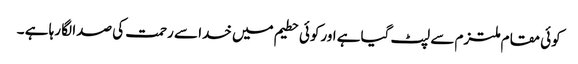
کوئی مقام ملتزم سے لپٹ گیاہے اورکوئی حطیم میں خدا سے رحمت کی صدا لگا رہا ہے ۔